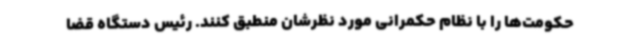
حکومت‌ها را با نظام حکمرانی مورد نظرشان منطبق کنند. رئیس دستگاه قضا